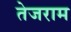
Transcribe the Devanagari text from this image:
तेजराम